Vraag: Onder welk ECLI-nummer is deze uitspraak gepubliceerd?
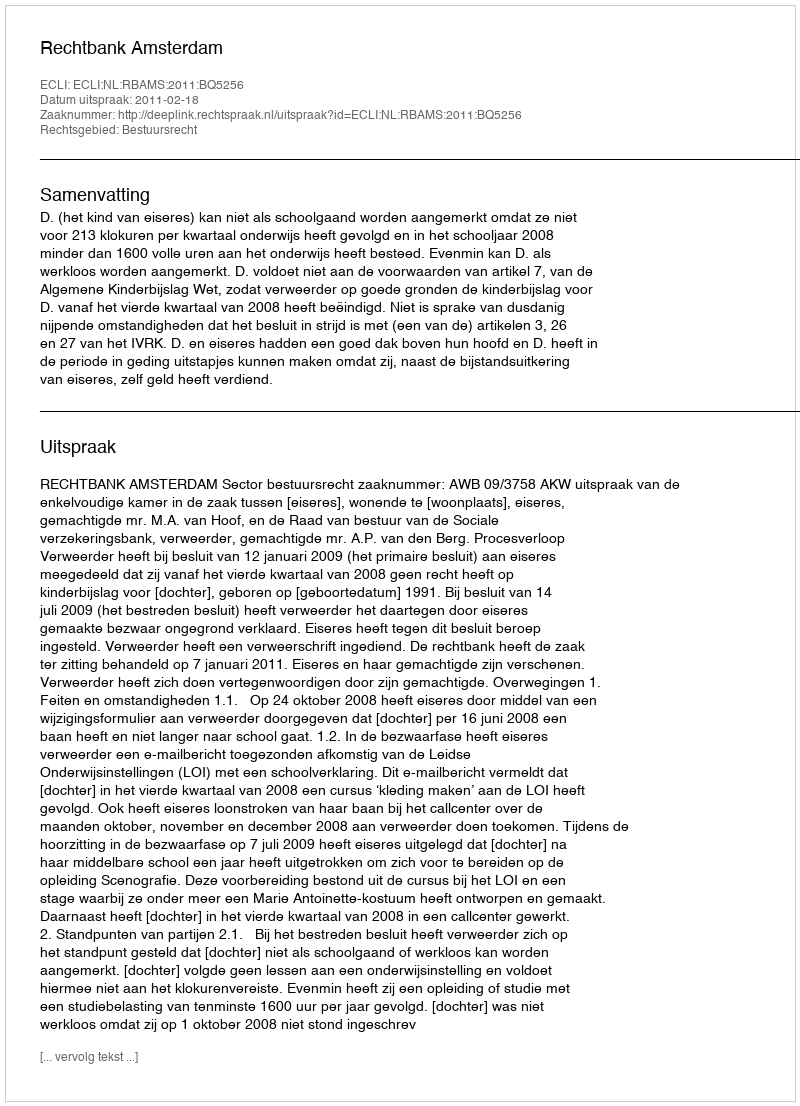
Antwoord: ECLI:NL:RBAMS:2011:BQ5256